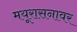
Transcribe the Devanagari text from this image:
मयूरासनावर